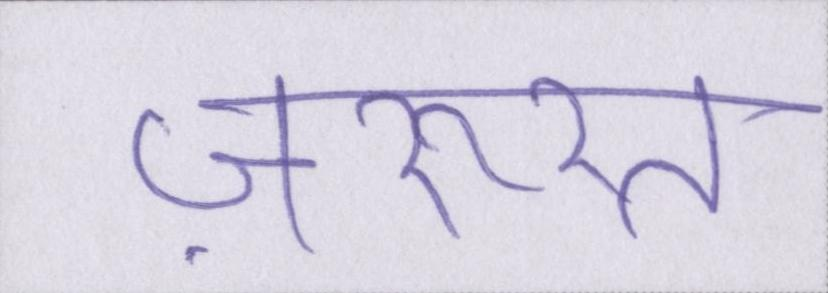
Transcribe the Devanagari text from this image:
ज़रूरत